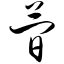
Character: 简